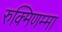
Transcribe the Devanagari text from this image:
रुक्मिणम्मा